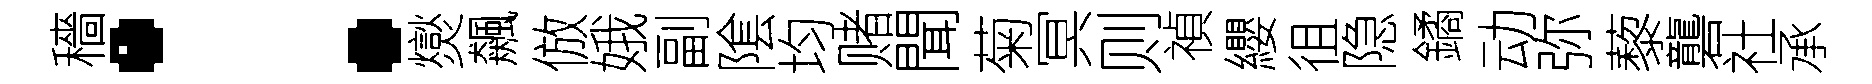
穡：爕飆倣娥副隂均赌聞菊冥则禎纓徂隐鐍动弥藜礱社承